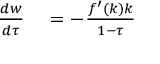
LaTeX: \begin{array} { r l } { { \frac { d w } { d \tau } } } & { { } = - { \frac { f ^ { \prime } ( k ) k } { 1 - \tau } } } \end{array}